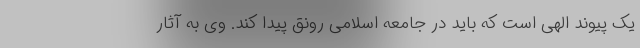
یک پیوند الهی است که باید در جامعه اسلامی رونق پیدا کند. وی به آثار